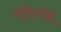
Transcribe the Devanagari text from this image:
परिस्पंद